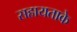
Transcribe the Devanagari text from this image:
सहायताके